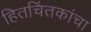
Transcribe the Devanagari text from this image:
हितचिंतकांचा